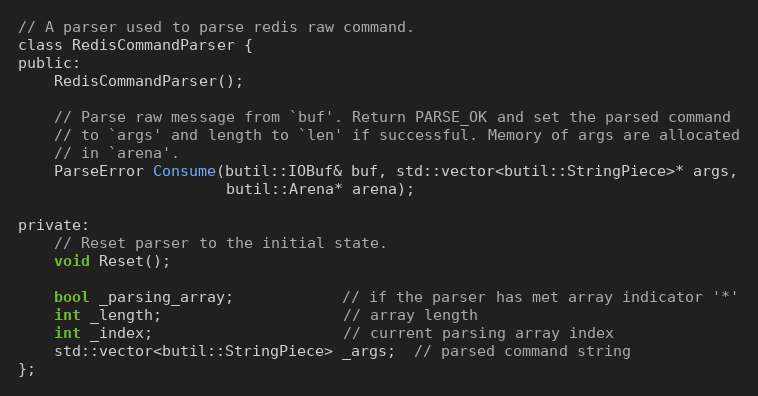
Language: C
// A parser used to parse redis raw command.
class RedisCommandParser {
public:
    RedisCommandParser();

    // Parse raw message from `buf'. Return PARSE_OK and set the parsed command
    // to `args' and length to `len' if successful. Memory of args are allocated
    // in `arena'.
    ParseError Consume(butil::IOBuf& buf, std::vector<butil::StringPiece>* args,
                       butil::Arena* arena);

private:
    // Reset parser to the initial state.
    void Reset();

    bool _parsing_array;            // if the parser has met array indicator '*'
    int _length;                    // array length
    int _index;                     // current parsing array index
    std::vector<butil::StringPiece> _args;  // parsed command string
};